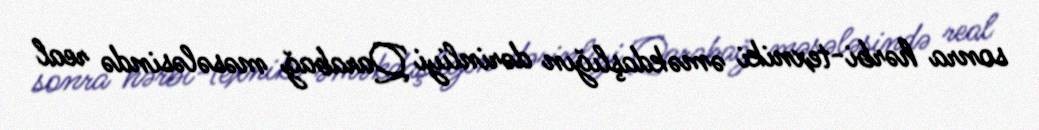
sonra hərbi-texniki əməkdaşlığın dərinliyi Qarabağ məsələsində real